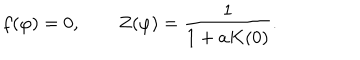
LaTeX: f ( \varphi ) = 0 , \qquad Z ( \varphi ) = \frac { 1 } { 1 + a K ( 0 ) } .